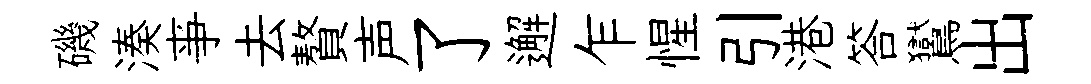
磯湊亊去贅声了邂乍惺引港答鸑出